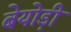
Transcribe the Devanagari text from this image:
बेयोड़ी